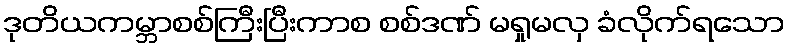
ဒုတိယကမ္ဘာစစ်ကြီးပြီးကာစ စစ်ဒဏ် မရှုမလှ ခံလိုက်ရသော